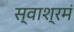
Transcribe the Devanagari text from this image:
स्वाश्रमं